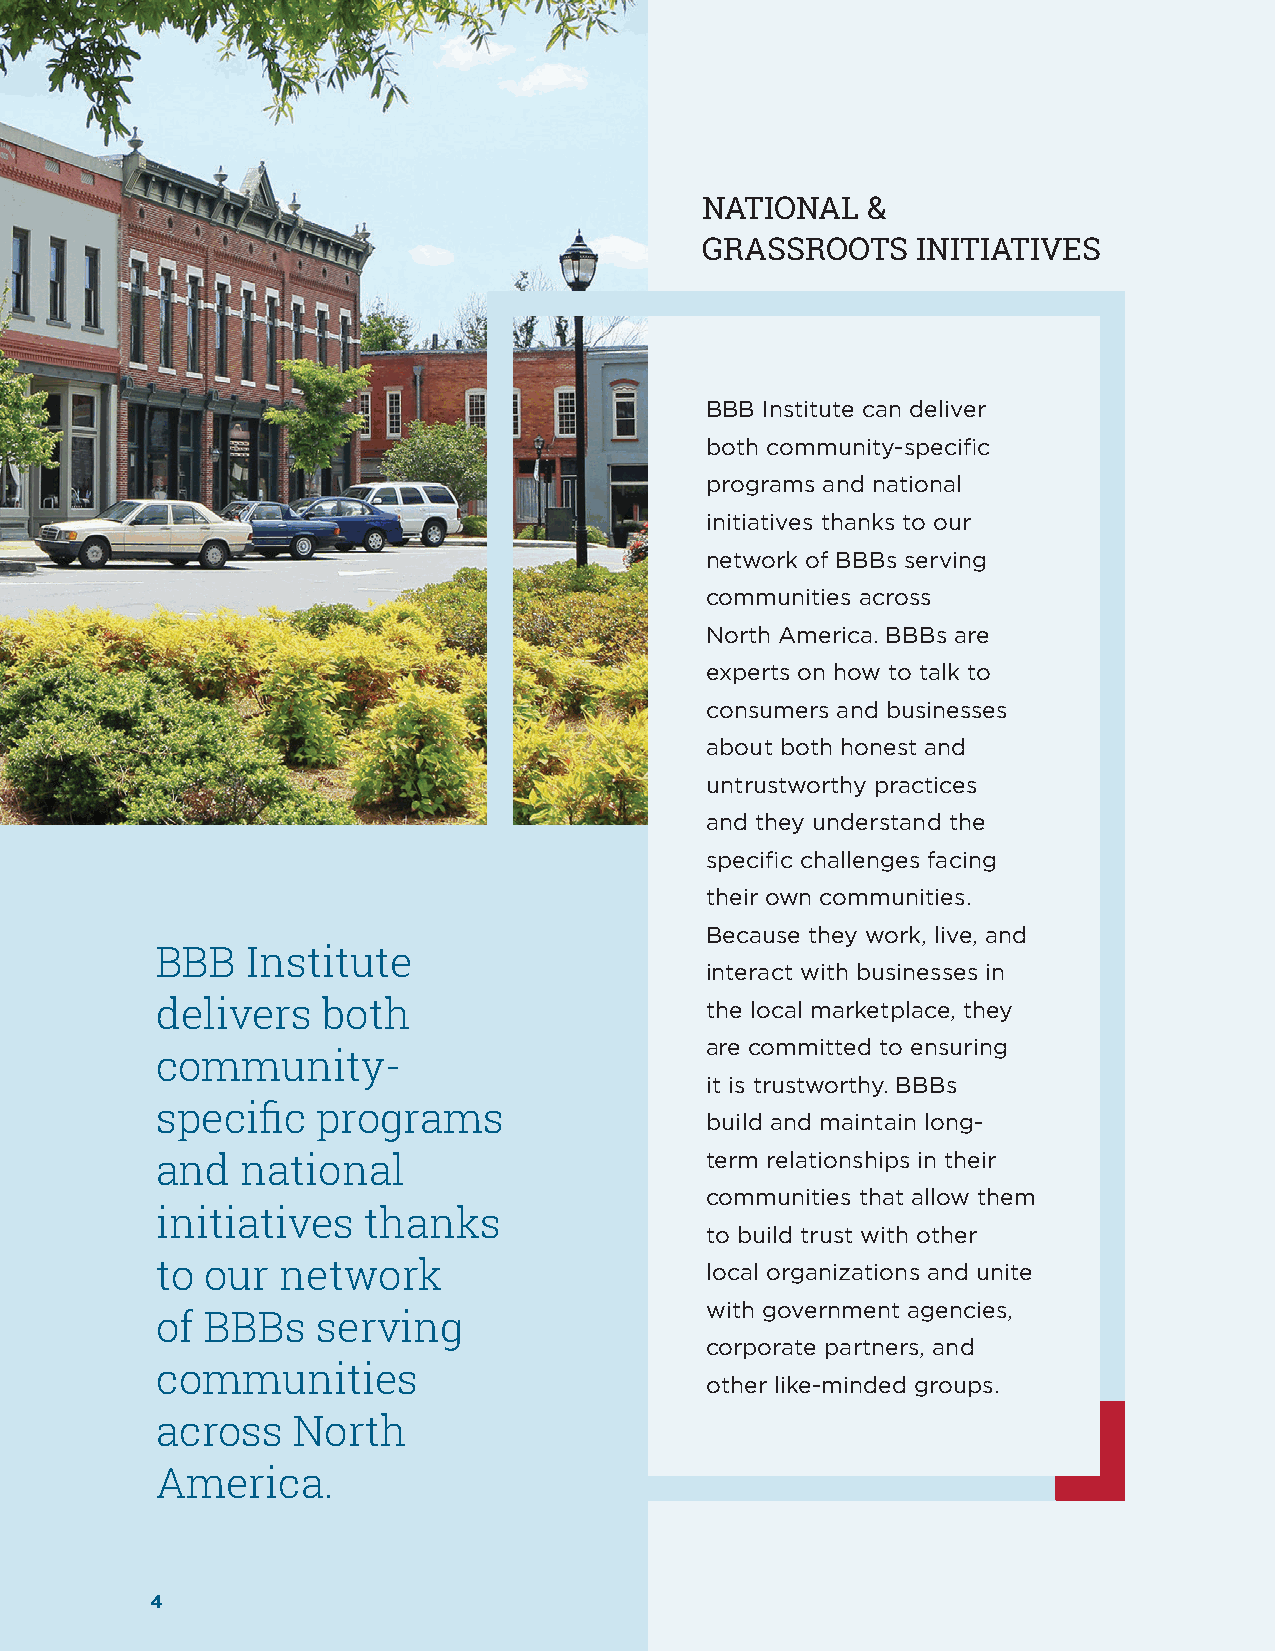
NATIONAL   &
 GRASSROOTS     INITIATIVES
 BBB Institute can deliver
 both community-specific
 programs and national
 initiatives thanks to our
 network of BBBs serving
 communities across
 North America. BBBs are
 experts on how to talk to
 consumers and businesses
 about both honest and
 untrustworthy practices
 and they understand the
 specific challenges facing
 their own communities.
 Because they work, live, and
 BBB   Institute
 interact with businesses in
 delivers   both                      the local marketplace, they
 are committed to ensuring
 community-
 it is trustworthy. BBBs
 specific   programs
 build and maintain long-
 and   national                       term relationships in their
 communities that allow them
 initiatives   thanks
 to build trust with other
 to  our  network                     local organizations and unite
 with government agencies,
 of  BBBs   serving
 corporate partners, and
 communities
 other like-minded groups.
 across   North
 America.
 4